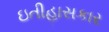
ઇતીહાસકાર